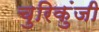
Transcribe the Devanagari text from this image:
चुरिकुंजी